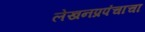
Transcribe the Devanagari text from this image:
लेखनप्रपंचाचा